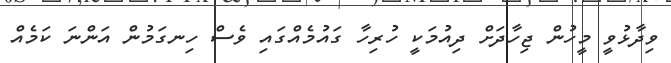
ވިދާޅުވީ މީހުން ޖިހާދަށް ދިއުމަކީ ހުރިހާ ގައުމެއްގައި ވެސް ހިނގަމުން އަންނަ ކަމެއް